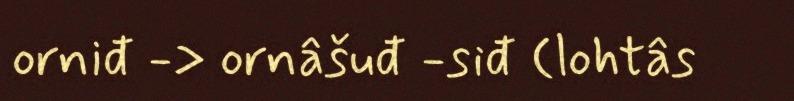
orniđ -> ornâšuđ -siđ (lohtâs